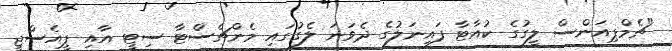
"ޗެމްޕިއަންސް ލީގުގެ ކުއާޓާ ފައިނަލުގެ ދެވަނަ ލެގުގައި މެންޗެސްޓާ ސިޓީ އާއި ޕީއެސްޖީ